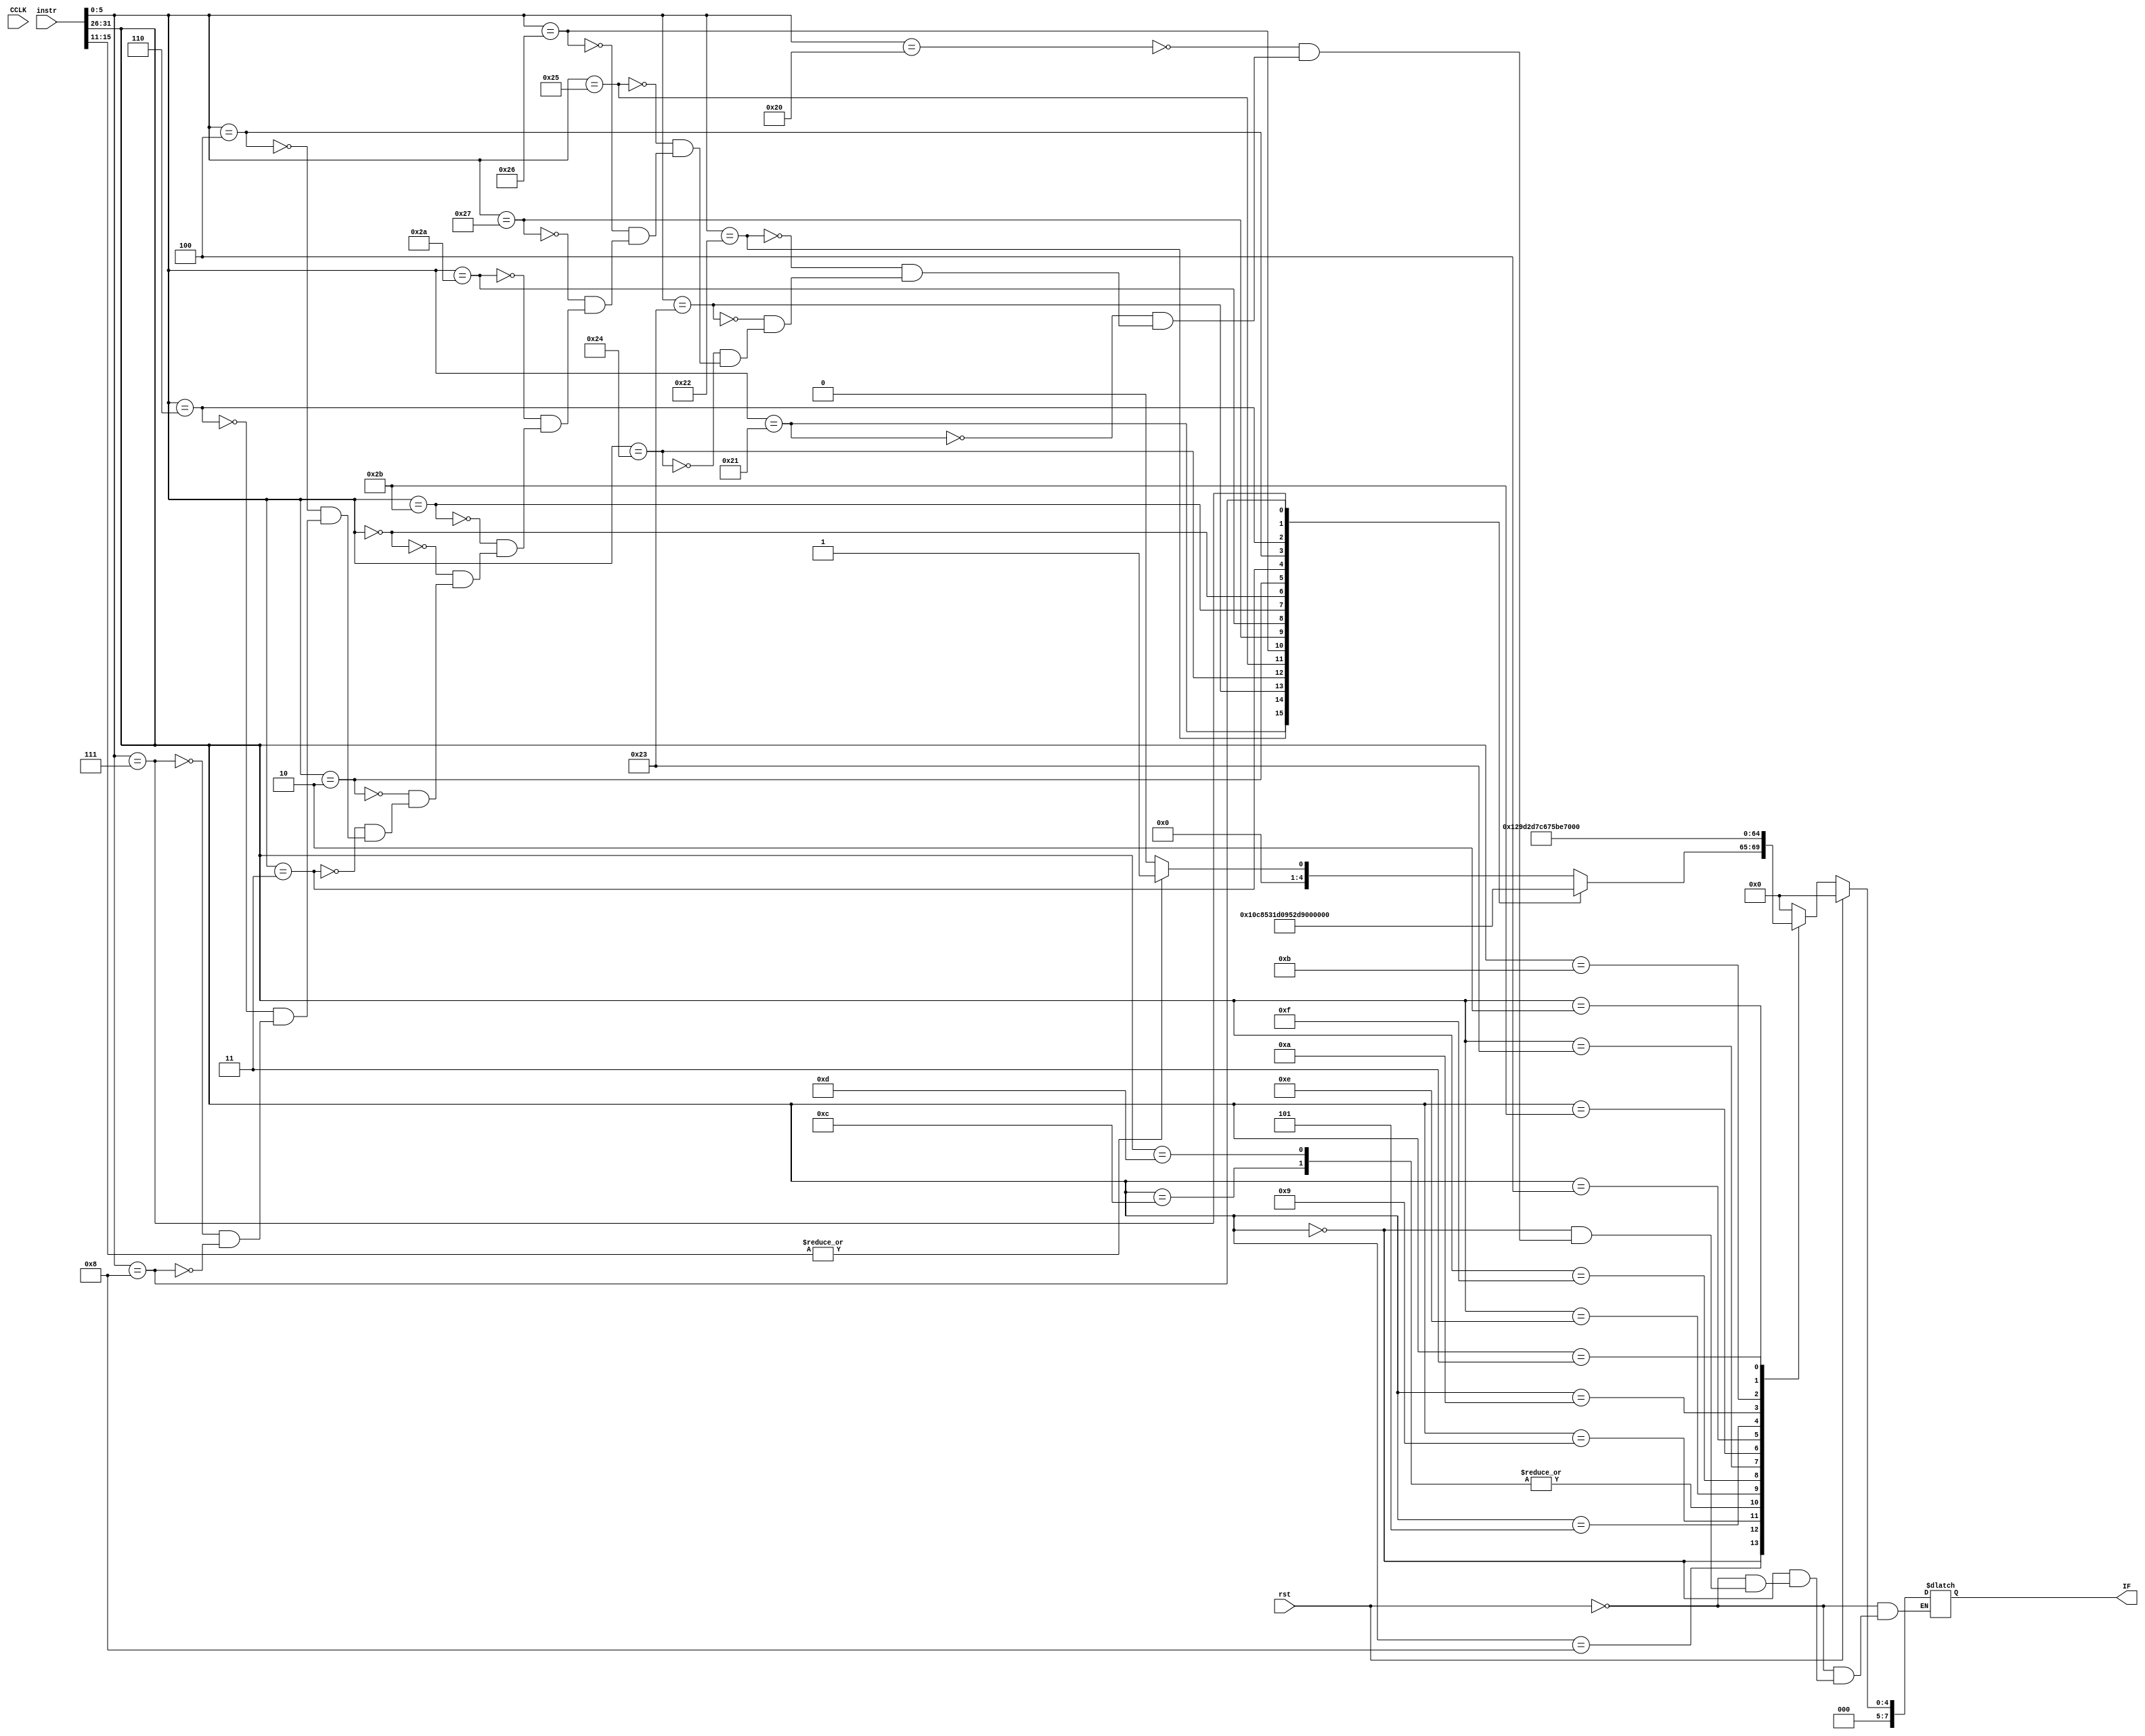
module exin(CCLK,rst,instr,IF
    );
	input CCLK,rst;
	input [31:0] instr;
	output reg [7:0] IF;
	always @(*)
	begin
	if (rst)
		IF=8'd0;
	else
		case(instr[31:26])
		6'b000000:
		begin 
			case(instr[5:0])
			6'b100000:
			begin
				IF=(|instr[15:11])?8'd1:8'h0;
			end
			6'b100001:IF=8'd2;
			6'b100010:IF=8'd3;
			6'b100011:IF=8'd4;
			6'b100100:IF=8'd5;
			6'b100101:IF=8'd6;
			6'b100110:IF=8'd7;
			6'b100111:IF=8'd8;
			6'b101010:IF=8'd9;
			6'b101011:IF=8'd10;
			6'b000000:IF=8'd11;
			6'b000010:IF=8'd12;
			6'b000011:IF=8'd13;
			6'b000100:IF=8'd14;
			6'b000110:IF=8'd15;
			6'b000111:IF=8'd16;
			6'b001000:IF=8'd17;
			endcase
		end
		6'b001000:IF=8'd18;
		6'b001001:IF=8'd19;
		6'b001100:IF=8'd20;
		6'b001101:IF=8'd20;
		6'b001110:IF=8'd22;
		6'b001111:IF=8'd23;
		6'b100011:IF=8'd24;
		6'b101011:IF=8'd25;
		6'b000100:IF=8'd26;
		6'b000101:IF=8'd27;
		6'b001010:IF=8'd28;
		6'b001011:IF=8'd29;
		6'b000010:IF=8'd30;
		6'b000011:IF=8'd31;
		default:IF=8'd0;
		endcase
	end
endmodule